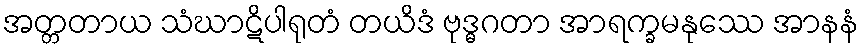
အတ္တတာယ သံဃာဋိပါရုတံ တယိဒံ ဗုဒ္ဓဂတာ အာရက္ခမနုဿေ အာနနံ